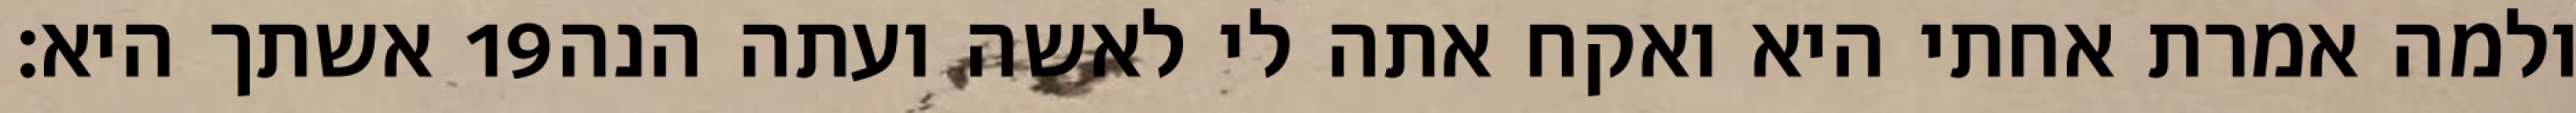
אשתך היא׃ ‎19‏ ולמה אמרת אחתי היא ואקח אתה לי לאשה ועתה הנה